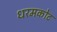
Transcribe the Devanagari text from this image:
धरमकोट